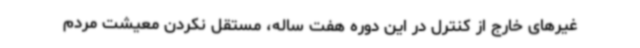
غیرهای خارج از کنترل در این دوره هفت ساله، مستقل نکردن معیشت مردم